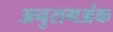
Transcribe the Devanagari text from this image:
अनुरागअंक